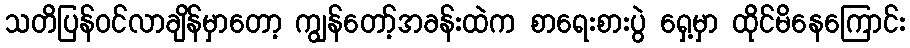
သတိပြန်ဝင်လာချိန်မှာတော့ ကျွန်တော့်အခန်းထဲက စာရေးစားပွဲ ရှေ့မှာ ထိုင်မိနေကြောင်း